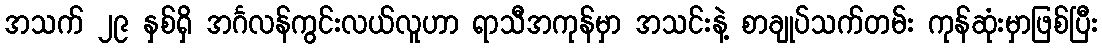
အသက် ၂၉ နှစ်ရှိ အင်္ဂလန်ကွင်းလယ်လူဟာ ရာသီအကုန်မှာ အသင်းနဲ့ စာချုပ်သက်တမ်း ကုန်ဆုံးမှာဖြစ်ပြီး